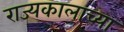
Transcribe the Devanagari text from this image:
राज्यकालाच्या